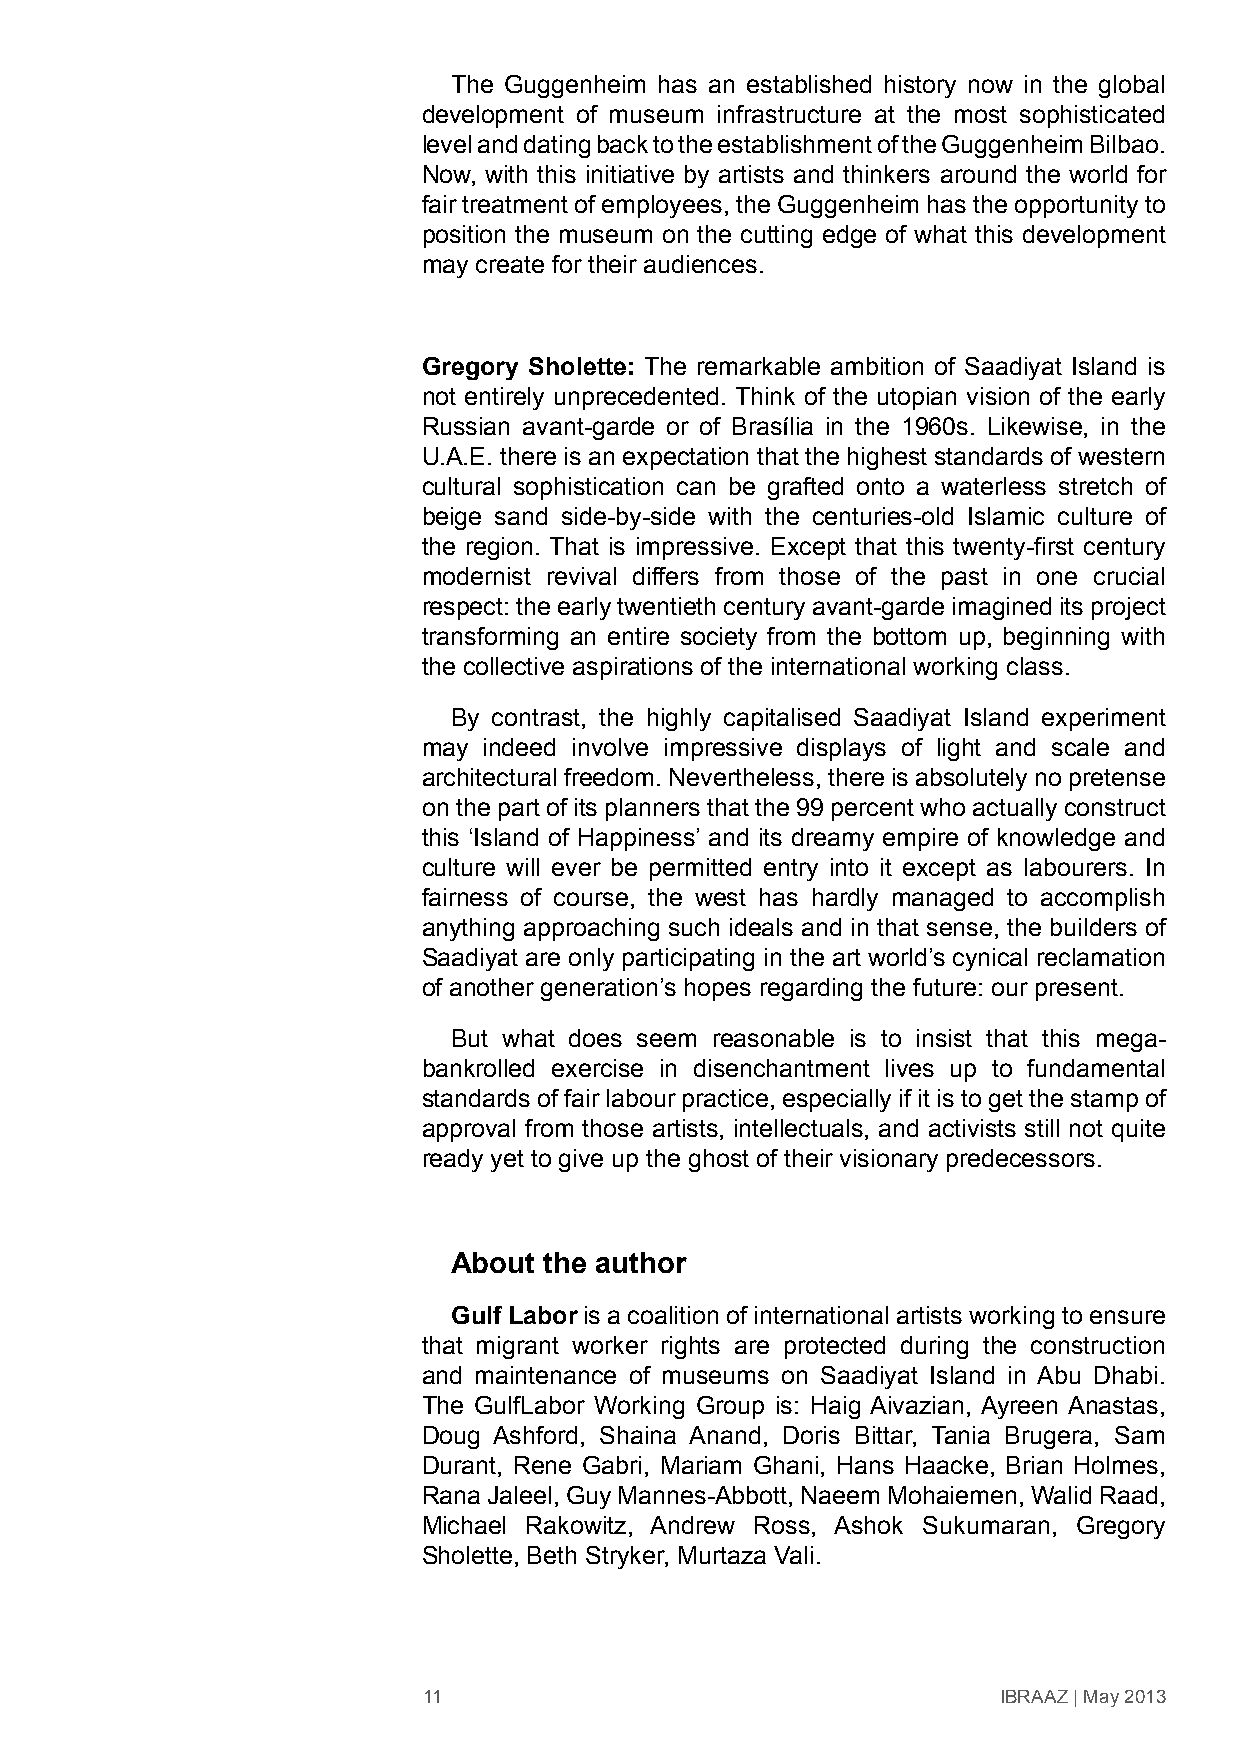
The Guggenheim has an established history now in the global
 development of museum infrastructure at the most sophisticated
 level and dating back to the establishment of the Guggenheim Bilbao.
 Now, with this initiative by artists and thinkers around the world for
 fair treatment of employees, the Guggenheim has the opportunity to
 position the museum on the cutting edge of what this development
 may create for their audiences.
 Gregory Sholette: The remarkable ambition of Saadiyat Island is
 not entirely unprecedented. Think of the utopian vision of the early
 Russian avant-garde or of Brasília in the 1960s. Likewise, in the
 U.A.E. there is an expectation that the highest standards of western
 cultural sophistication can be grafted onto a waterless stretch of
 beige sand side-by-side with the centuries-old Islamic culture of
 the region. That is impressive. Except that this twenty-first century
 modernist revival differs from those of the past in one crucial
 respect: the early twentieth century avant-garde imagined its project
 transforming an entire society from the bottom up, beginning with
 the collective aspirations of the international working class.
 By contrast, the highly capitalised Saadiyat Island experiment
 may indeed involve impressive displays of light and scale and
 architectural freedom. Nevertheless, there is absolutely no pretense
 on the part of its planners that the 99 percent who actually construct
 this ‘Island of Happiness’ and its dreamy empire of knowledge and
 culture will ever be permitted entry into it except as labourers. In
 fairness of course, the west has hardly managed to accomplish
 anything approaching such ideals and in that sense, the builders of
 Saadiyat are only participating in the art world’s cynical reclamation
 of another generation’s hopes regarding the future: our present.
 But what does seem reasonable is to insist that this mega-
 bankrolled exercise in disenchantment lives up to fundamental
 standards of fair labour practice, especially if it is to get the stamp of
 approval from those artists, intellectuals, and activists still not quite
 ready yet to give up the ghost of their visionary predecessors.
 About the author
 Gulf Labor is a coalition of international artists working to ensure
 that migrant worker rights are protected during the construction
 and maintenance of museums on Saadiyat Island in Abu Dhabi.
 The GulfLabor Working Group is: Haig Aivazian, Ayreen Anastas,
 Doug Ashford, Shaina Anand, Doris Bittar, Tania Brugera, Sam
 Durant, Rene Gabri, Mariam Ghani, Hans Haacke, Brian Holmes,
 Rana Jaleel, Guy Mannes-Abbott, Naeem Mohaiemen, Walid Raad,
 Michael Rakowitz, Andrew Ross, Ashok Sukumaran, Gregory
 Sholette, Beth Stryker, Murtaza Vali.
 11                                    IBRAAZ | May 2013